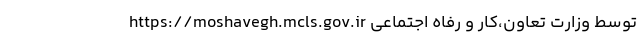
https://moshavegh.mcls.gov.ir توسط وزارت تعاون،کار و رفاه اجتماعی